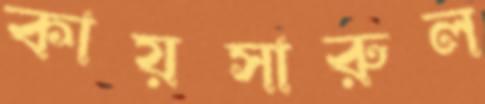
কায়সারুল